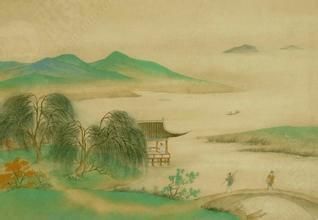
远树带行客，孤城当落晖。